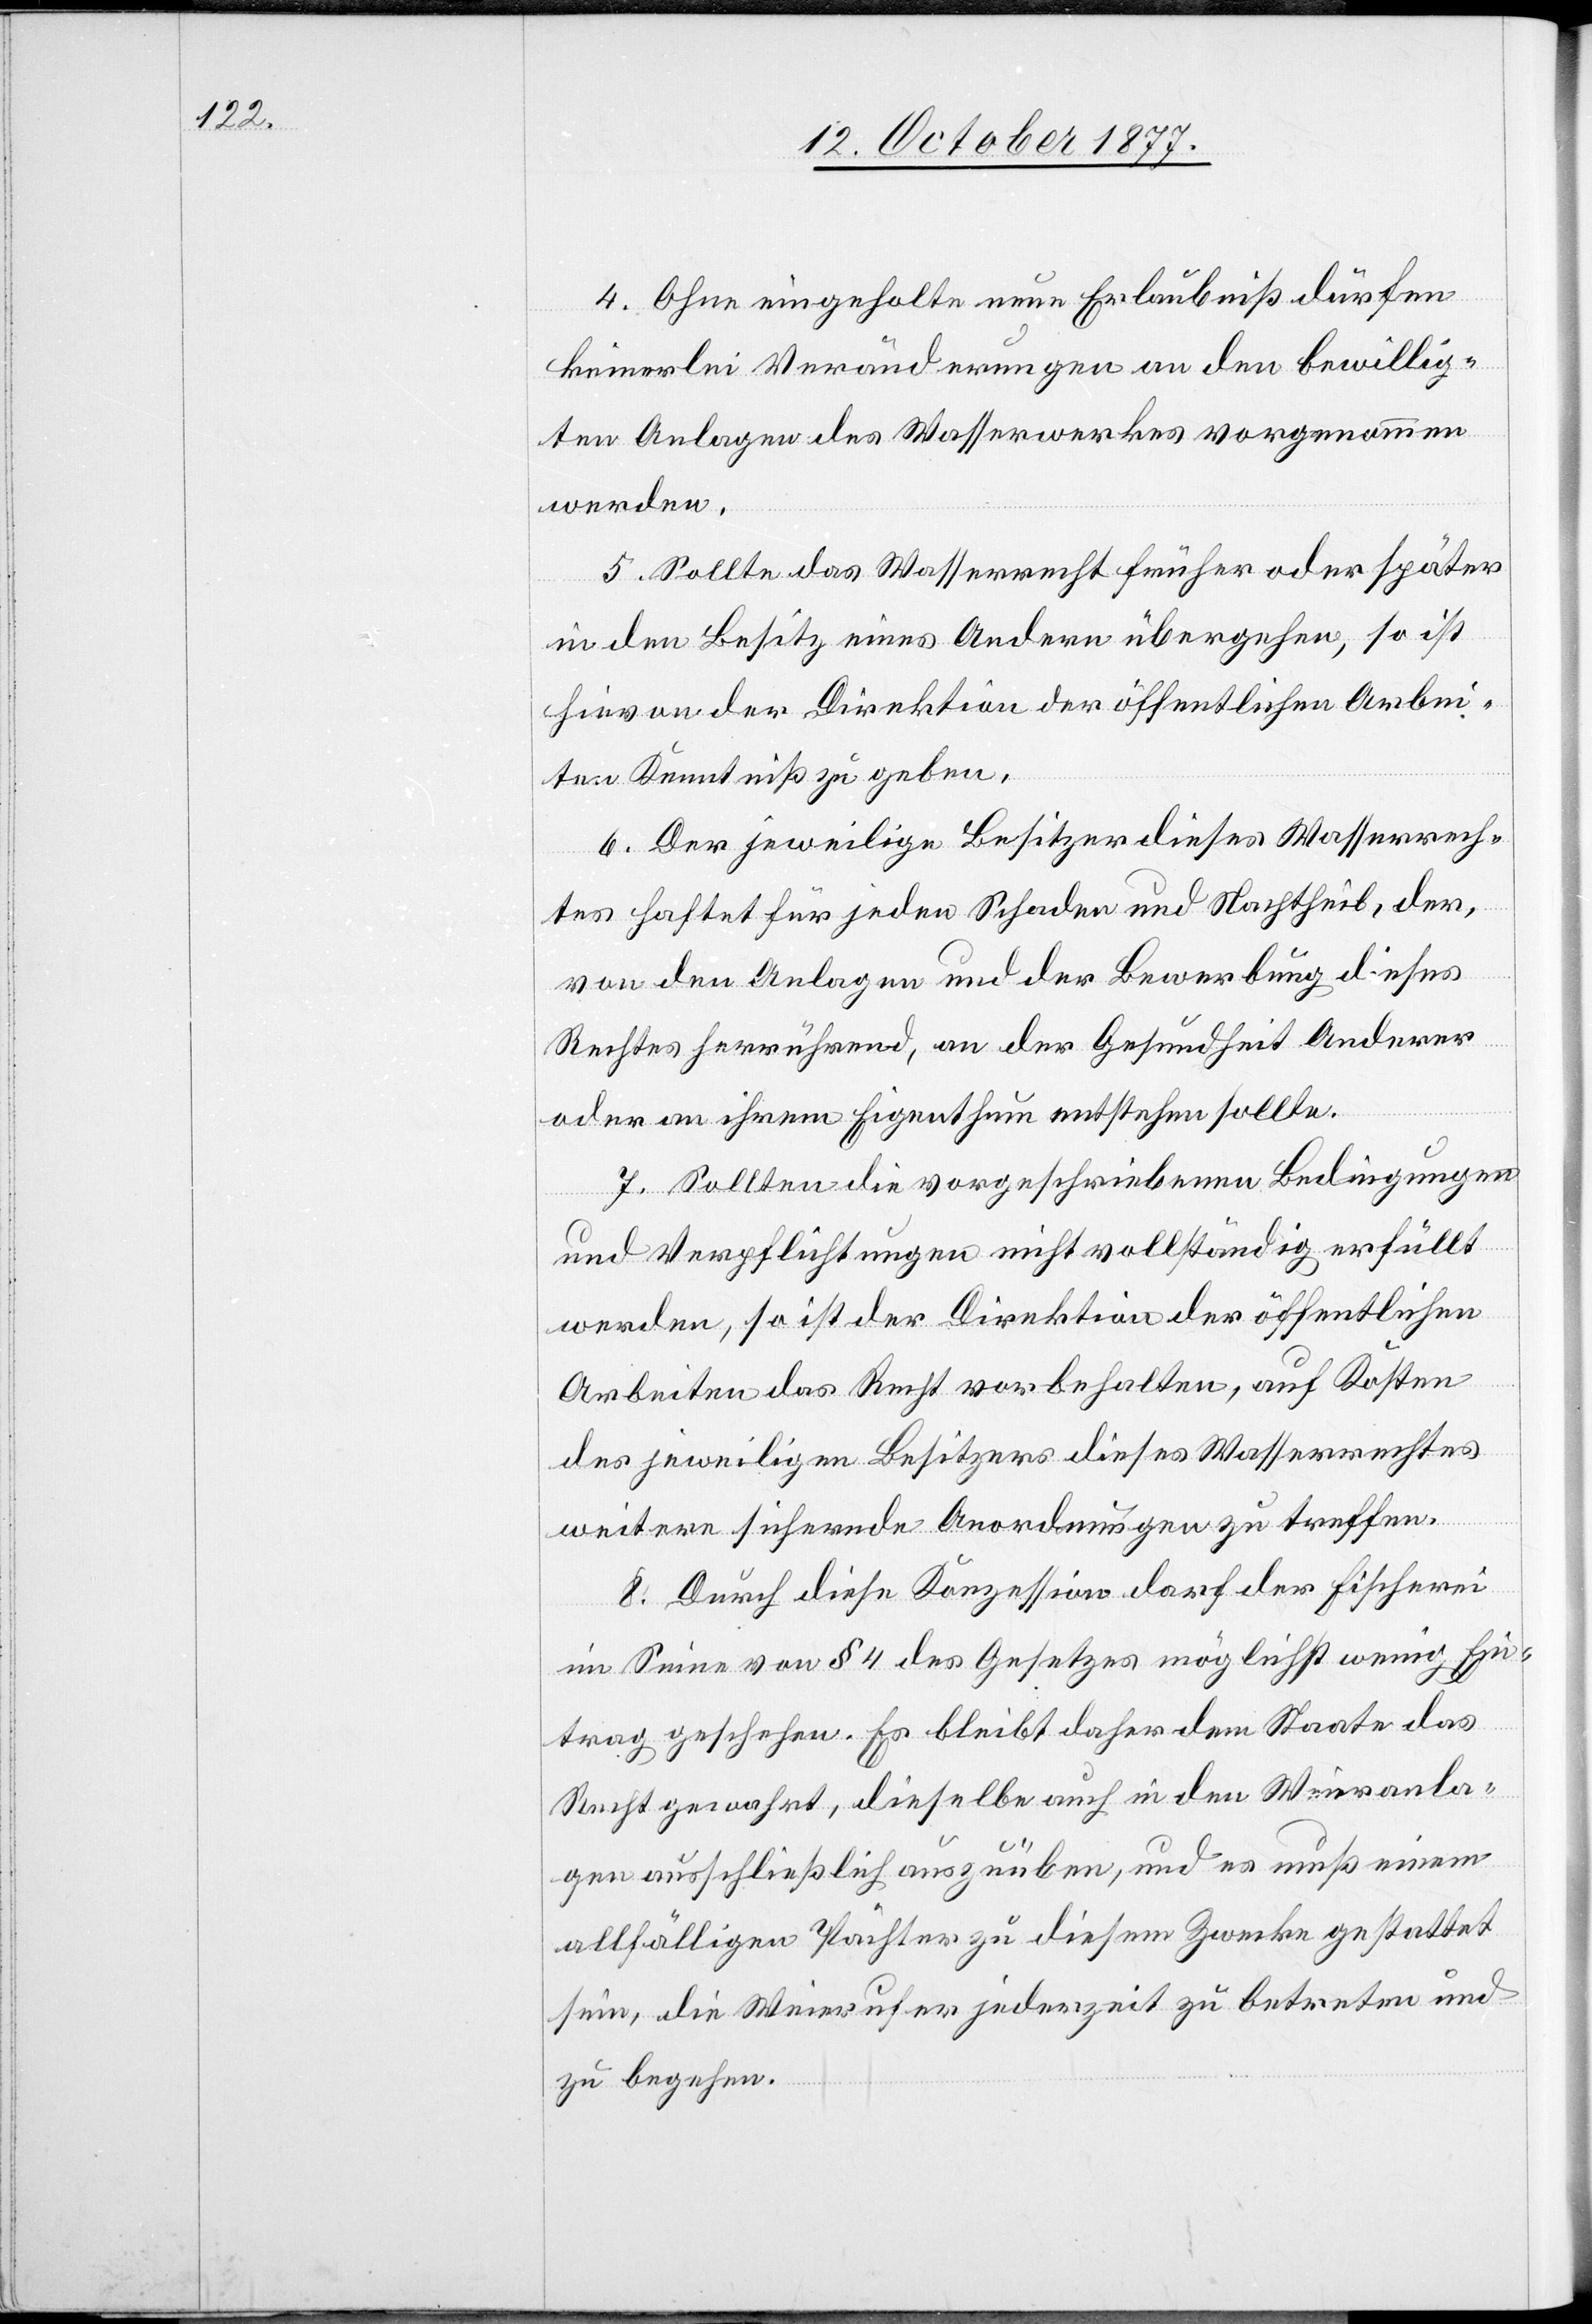
4. Ohne eingeholte neue Erlaubniß dürfen
keinerlei Veränderungen an den bewillig¬
ten Anlagen des Wasserwerkes vorgenommen
werden.
5. Sollte das Wasserrecht früher oder später
in den Besitz eines Andern übergehen, so ist
hievon der Direktion der öffentlichen Arbei¬
ten Kenntniß zu geben.
6. Der jeweilige Besitzer dieses Wasserrech¬
tes haftet für jeden Schaden und Nachtheil, der,
von den Anlagen und der Bewerbung dieses
Rechtes herrührend, an der Gesundheit Anderer
oder an ihrem Eigenthum entstehen sollte.
7. Sollten die vorgeschriebenen Bedingungen
und Verpflichtungen nicht vollständig erfüllt
werden, so ist der Direktion der öffentlichen
Arbeiten das Recht vorbehalten, auf Kosten
des jeweiligen Besitzers dieses Wasserrechtes
weitere sichernde Anordnungen zu treffen.
8. Durch diese Konzession darf der Fischerei
im Sinne von § 4 des Gesetzes möglichst wenig Ein¬
trag geschehen. Es bleibt daher dem Staate das
Recht gewahrt, dieselbe auch in den Weieranla¬
gen ausschließlich auszuüben, und es muß einem
allfälligen Pächter zu diesem Zwecke gestattet
sein, die Weierufer jederzeit zu betreten und
zu begehen.